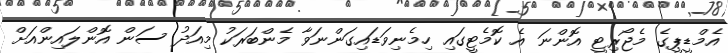
އެމްޑީޕީގެ މެޖޯރިޓީ އޮންނަ އެ ކޮމެޓީގައި ހިމެނިވަޑައިގަންނަވާ މެންބަރަކު މިއަދު ސަން އޮންލައިންއަށް